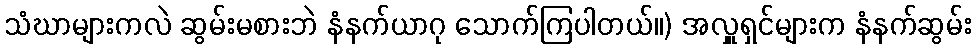
သံဃာများကလဲ ဆွမ်းမစားဘဲ နံနက်ယာဂု သောက်ကြပါတယ်။) အလှူရှင်များက နံနက်ဆွမ်း